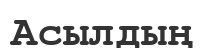
Асылдың